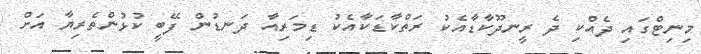
މިނިޓްގައި ދެއްކި ދެ ރީނދޫކާޑާއެކު ރަތްކާޑަކާއެކު ޑިމަރިއާ ދަނޑުން ފޭބީ ކުޅުންތެރިޔާ އަށް